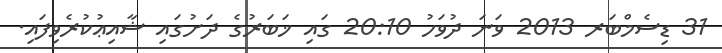
31 ޑިސެމްބަރ 2013 ވަނަ ދުވަހު 20:10 ގައި ޚަބަރުގެ ދަށުގައި ޝާއިޢުކުރެވިފައި.